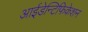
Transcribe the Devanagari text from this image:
आईडेन्टिफिकेशन